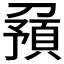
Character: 𠟹